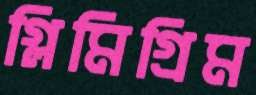
গ্লিমিগ্রিম